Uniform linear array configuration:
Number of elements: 8
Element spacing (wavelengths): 0.5
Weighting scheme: hann
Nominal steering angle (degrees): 30
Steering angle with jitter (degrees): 31.183
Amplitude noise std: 0.05
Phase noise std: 0.05

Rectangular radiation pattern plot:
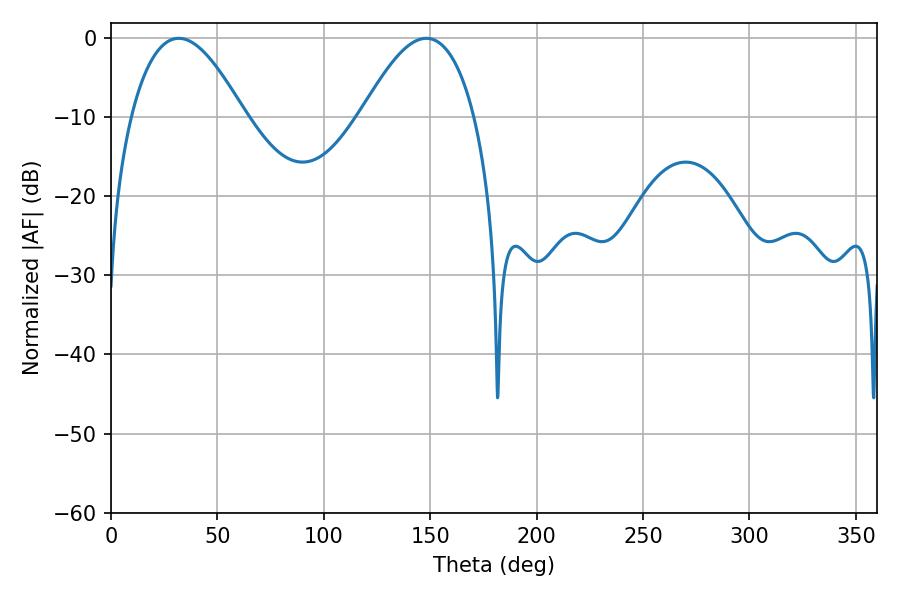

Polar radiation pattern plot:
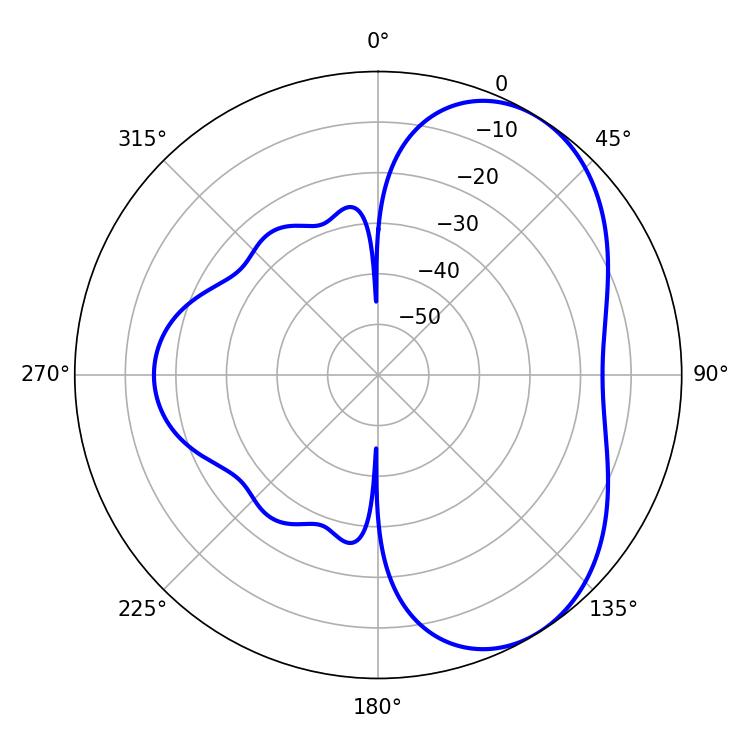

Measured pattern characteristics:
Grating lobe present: FALSE
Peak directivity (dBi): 5.126
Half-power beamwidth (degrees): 28.98
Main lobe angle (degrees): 31.86